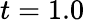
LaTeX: t=1.0